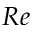
R e